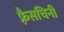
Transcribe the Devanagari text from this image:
फ़्रैसचिनी